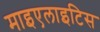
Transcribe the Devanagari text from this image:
माइएलाइटिस